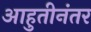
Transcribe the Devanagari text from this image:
आहुतीनंतर